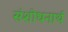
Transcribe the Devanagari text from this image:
संशोधनार्थ